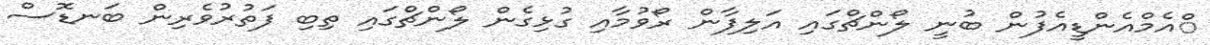
ްއެމްއެންޑީއެފުން ބުނީ ލޯންޗްގައި އަލިފާން ރޯވުމާއި ގުޅިގެން ލޯންޗްގައި ތިބި ފަތުރުވެރިން ބަނޑޮސް